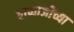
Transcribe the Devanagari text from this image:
बाप्पाजींच्या